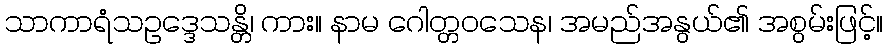
သာကာရံသဥဒ္ဒေသန္တိ၊ ကား။ နာမ ဂေါတ္တဝသေန၊ အမည်အနွယ်၏ အစွမ်းဖြင့်။